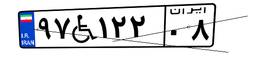
۹۷W۱۲۲۰۸